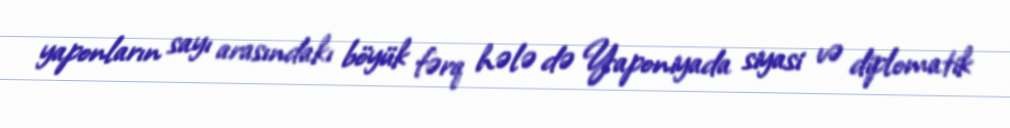
yaponların sayı arasındakı böyük fərq hələ də Yaponiyada siyasi və diplomatik